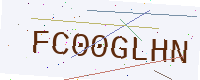
Text: FC00GLHN